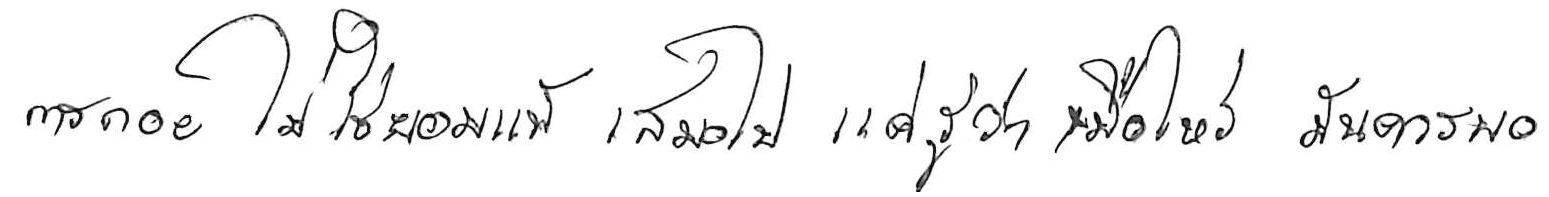
การถอย ไม่ใช่ยอมแพ้ เสมอไป แค่รู้ว่าเมื่อไหร่ มันควรพอ